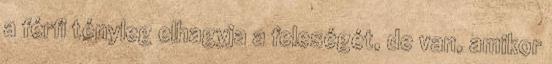
a férfi tényleg elhagyja a feleségét, de van, amikor